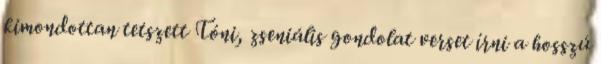
kimondottan tetszett Tóni, zseniális gondolat verset írni a hosszú